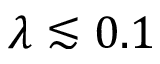
\lambda \lesssim 0 . 1